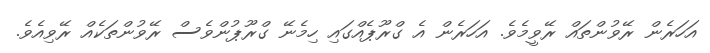
އަހަރެން ރޭވުންތައް ރޭވީމެވެ. އަހަރެން އެ ގްރޫޕެއްގައި ހިމެނޭ ގްރޫޕުންވެސް ރޭވުންތަކެއް ރޭވިއެވެ.